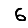
Digit: 6